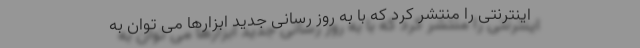
اینترنتی را منتشر کرد که با به روز رسانی جدید ابزارها می توان به